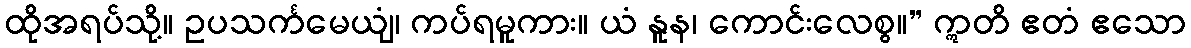
ထိုအရပ်သို့။ ဥပသင်္ကမေယျံ၊ ကပ်ရမူကား။ ယံ နူန၊ ကောင်းလေစွ။” ဣတိ ဧတံ ဧသော